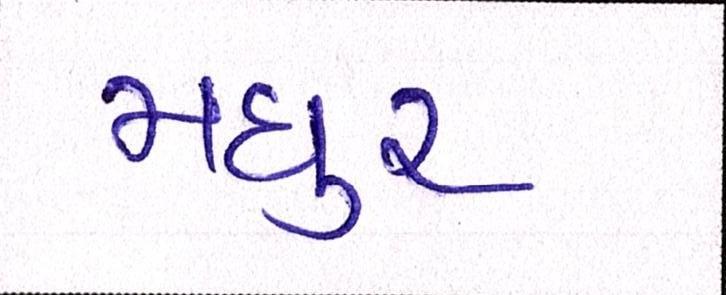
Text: મધુર